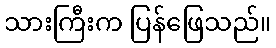
သားကြီးက ပြန်ဖြေသည်။